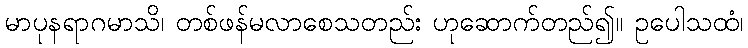
မာပုနရာဂမာသိ၊ တစ်ဖန်မလာစေသတည်း ဟုဆောက်တည်၍။ ဥပေါသထံ၊